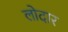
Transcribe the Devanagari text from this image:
लोदार